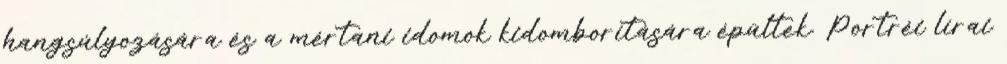
hangsúlyozására és a mértani idomok kidomborítására épültek. Portréi lírai